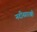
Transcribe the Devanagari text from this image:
नदीसारखी